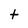
Character: t